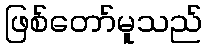
ဖြစ်တော်မူသည်